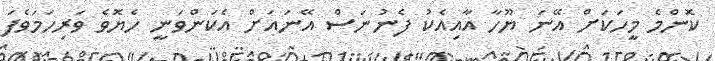
ކޮންމެ މީހަކަށް އޭނަ ޔޫހާ އާއިއެކު ފެނުނަސް އޭނައަށް އެކަންވަނީ ހެޔޮވެ ވަރިހަމަވެފަ